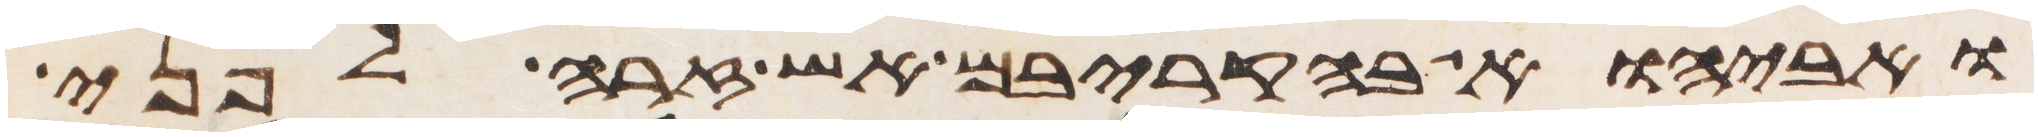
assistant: ואביהוא בהקריבם אש זרה לפני